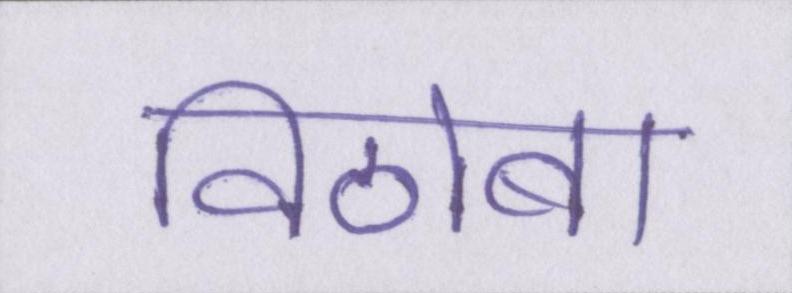
विठोबा